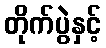
တိုက်ပွဲနှင့်